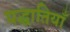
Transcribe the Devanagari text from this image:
पद्धातियाँ